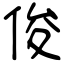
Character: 俊